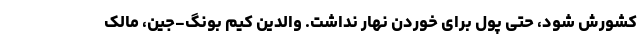
کشورش شود، حتی پول برای خوردن نهار نداشت. والدین کیم بونگ-‌جین، مالک